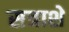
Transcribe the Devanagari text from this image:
सत्राशे